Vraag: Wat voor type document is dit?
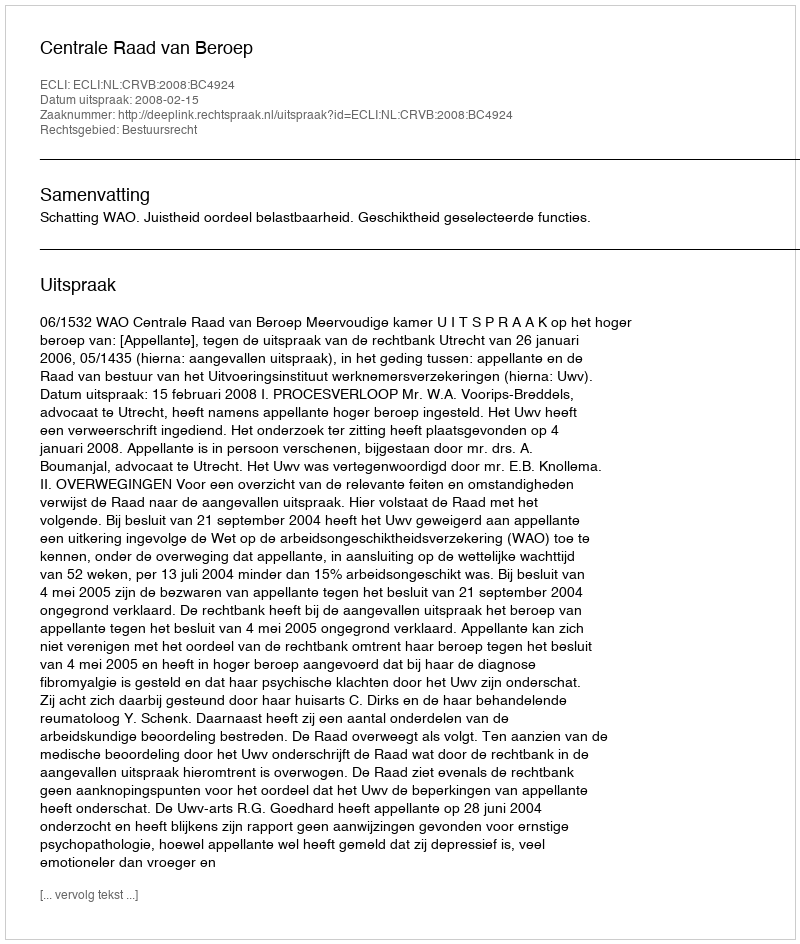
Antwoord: Uitspraak